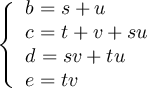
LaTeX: \left\{ { \begin{array} { l } { b = s + u } \\ { c = t + v + s u } \\ { d = s v + t u } \\ { e = t v } \end{array} } \right.